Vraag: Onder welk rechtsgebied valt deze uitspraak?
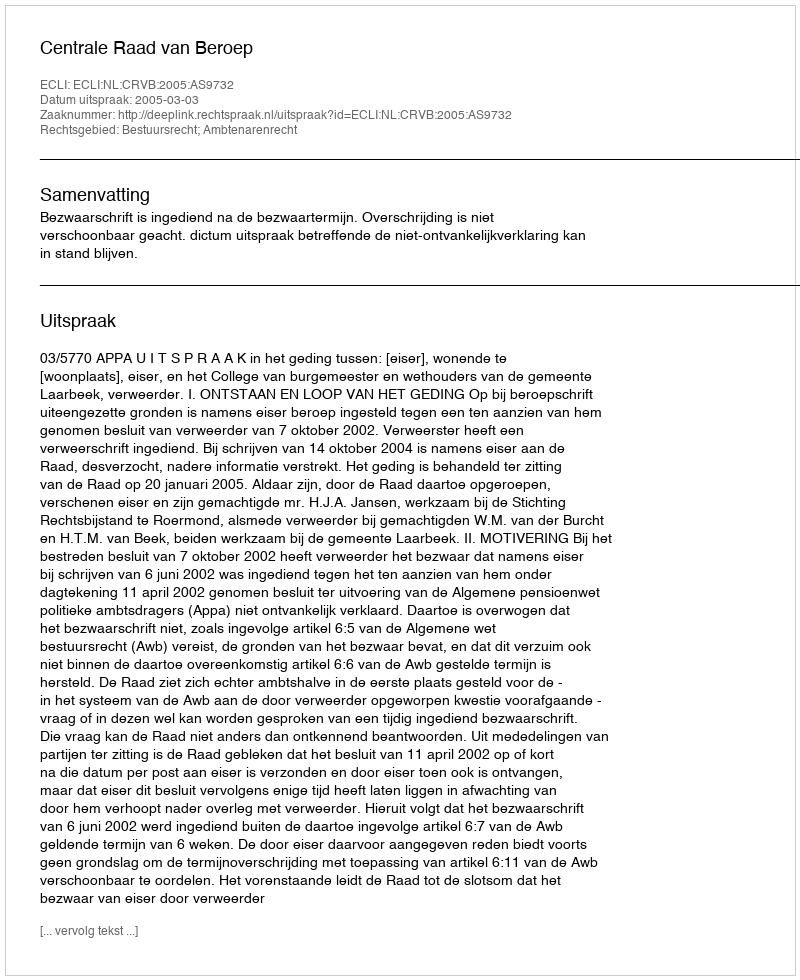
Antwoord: Bestuursrecht; Ambtenarenrecht